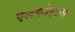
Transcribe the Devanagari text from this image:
एलकोहल्स